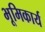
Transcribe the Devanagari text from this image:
भूमिकार्य